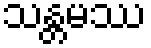
သန္တမဿ